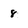
Character: 8